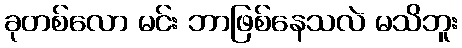
ခုတစ်လော မင်း ဘာဖြစ်နေသလဲ မသိဘူး